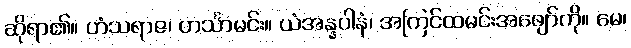
ဆိုရာ၏။ ဟံသရာဇ၊ ဟင်္သာမင်း။ ယံအန္နပါနံ၊ အကြင်ထမင်းအဖျော်ကို။ မေ၊